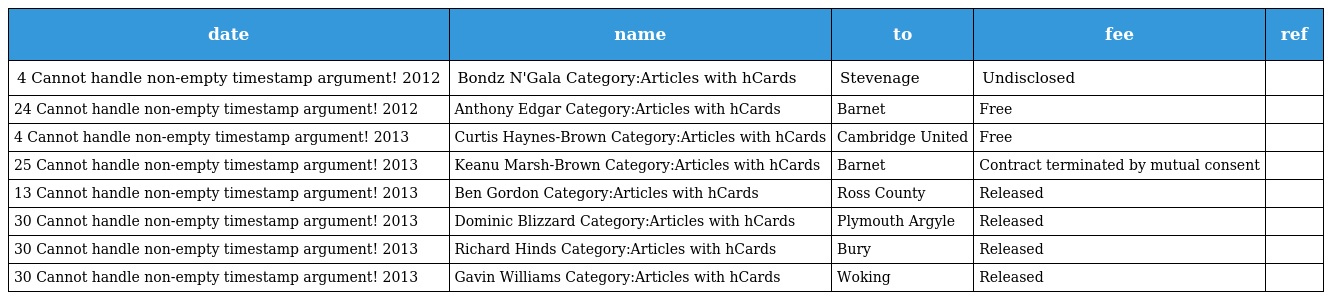
| date | name | to | fee | ref |
 | --- | --- | --- | --- | --- |
 | 4 Cannot handle non-empty timestamp argument! 2012 | Bondz N'Gala Category:Articles with hCards | Stevenage | Undisclosed |  |
 | 24 Cannot handle non-empty timestamp argument! 2012 | Anthony Edgar Category:Articles with hCards | Barnet | Free |  |
 | 4 Cannot handle non-empty timestamp argument! 2013 | Curtis Haynes-Brown Category:Articles with hCards | Cambridge United | Free |  |
 | 25 Cannot handle non-empty timestamp argument! 2013 | Keanu Marsh-Brown Category:Articles with hCards | Barnet | Contract terminated by mutual consent |  |
 | 13 Cannot handle non-empty timestamp argument! 2013 | Ben Gordon Category:Articles with hCards | Ross County | Released |  |
 | 30 Cannot handle non-empty timestamp argument! 2013 | Dominic Blizzard Category:Articles with hCards | Plymouth Argyle | Released |  |
 | 30 Cannot handle non-empty timestamp argument! 2013 | Richard Hinds Category:Articles with hCards | Bury | Released |  |
 | 30 Cannot handle non-empty timestamp argument! 2013 | Gavin Williams Category:Articles with hCards | Woking | Released |  |